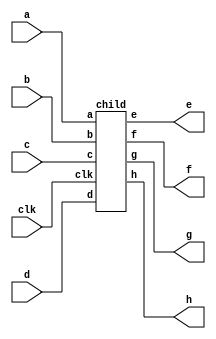
// This program was cloned from: https://github.com/steveicarus/ivtest
// License: GNU General Public License v2.0

module top
  (
   // Outputs
   e, f, g, h,
   // Inputs
   clk, a, b, c, d
   );

  input                 clk;
  input                 a, b, c, d;
  output                e, f, g, h;

  child child
    (/*AUTOINST*/
     // Outputs
     .e					(e),
     .f					(f),
     .g					(g),
     .h					(h),
     // Inputs
     .clk				(clk),
     .a					(a),
     .b					(b),
     .c					(c),
     .d					(d));
endmodule // top

module child(
  // Outputs
  e, f, g, h,
  // Inputs
  clk, a, b, c, d
  );

  input                 clk;
  input                 a, b, c, d;
  output                e, f, g, h;

  reg			e;
  reg			f;
  reg			g;
  reg			h;

  always @ (posedge clk) e <= a;
  always @ (posedge clk) f <= b;
  always @ (posedge clk) g <= c;

endmodule // child